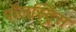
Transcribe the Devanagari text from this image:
पॉलस्ट्रिस